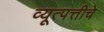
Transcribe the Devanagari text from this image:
व्यूत्पत्तीचे